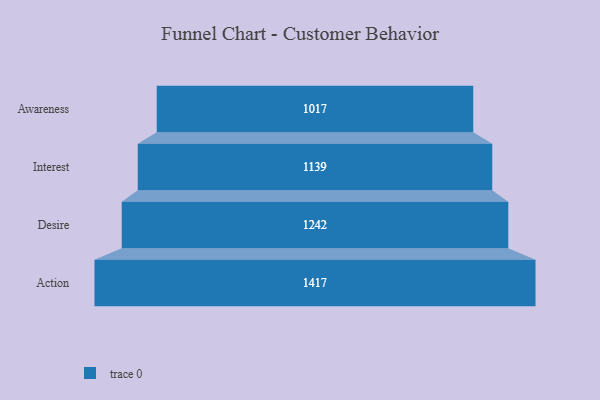
{"axis": {"x": "Stage", "y": "Value"}, "legend": [""], "data": [{"x": "Awareness", "y": 1017.0, "type": ""}, {"x": "Interest", "y": 1139.0, "type": ""}, {"x": "Desire", "y": 1242.0, "type": ""}, {"x": "Action", "y": 1417.0, "type": ""}]}